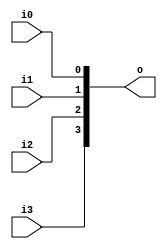
module v84f0a1_v9a2a06 (
 input i3,
 input i2,
 input i1,
 input i0,
 output [3:0] o
);
 assign o = {i3, i2, i1, i0};
endmodule